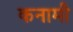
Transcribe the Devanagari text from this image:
कनामी